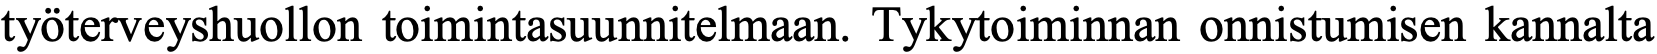
työterveyshuollon toimintasuunnitelmaan. Tykytoiminnan onnistumisen kannalta